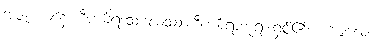
အဇ္ဇ၊ ယနေ့။ ဒီပင်္ကရဒသဗလဿ၊ ဒီပင်္ကရာဘုရားရှင်၏။ ပါဒမူလေ၊